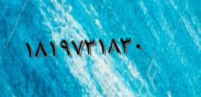
١٨١٩٧٣١٨٣٠